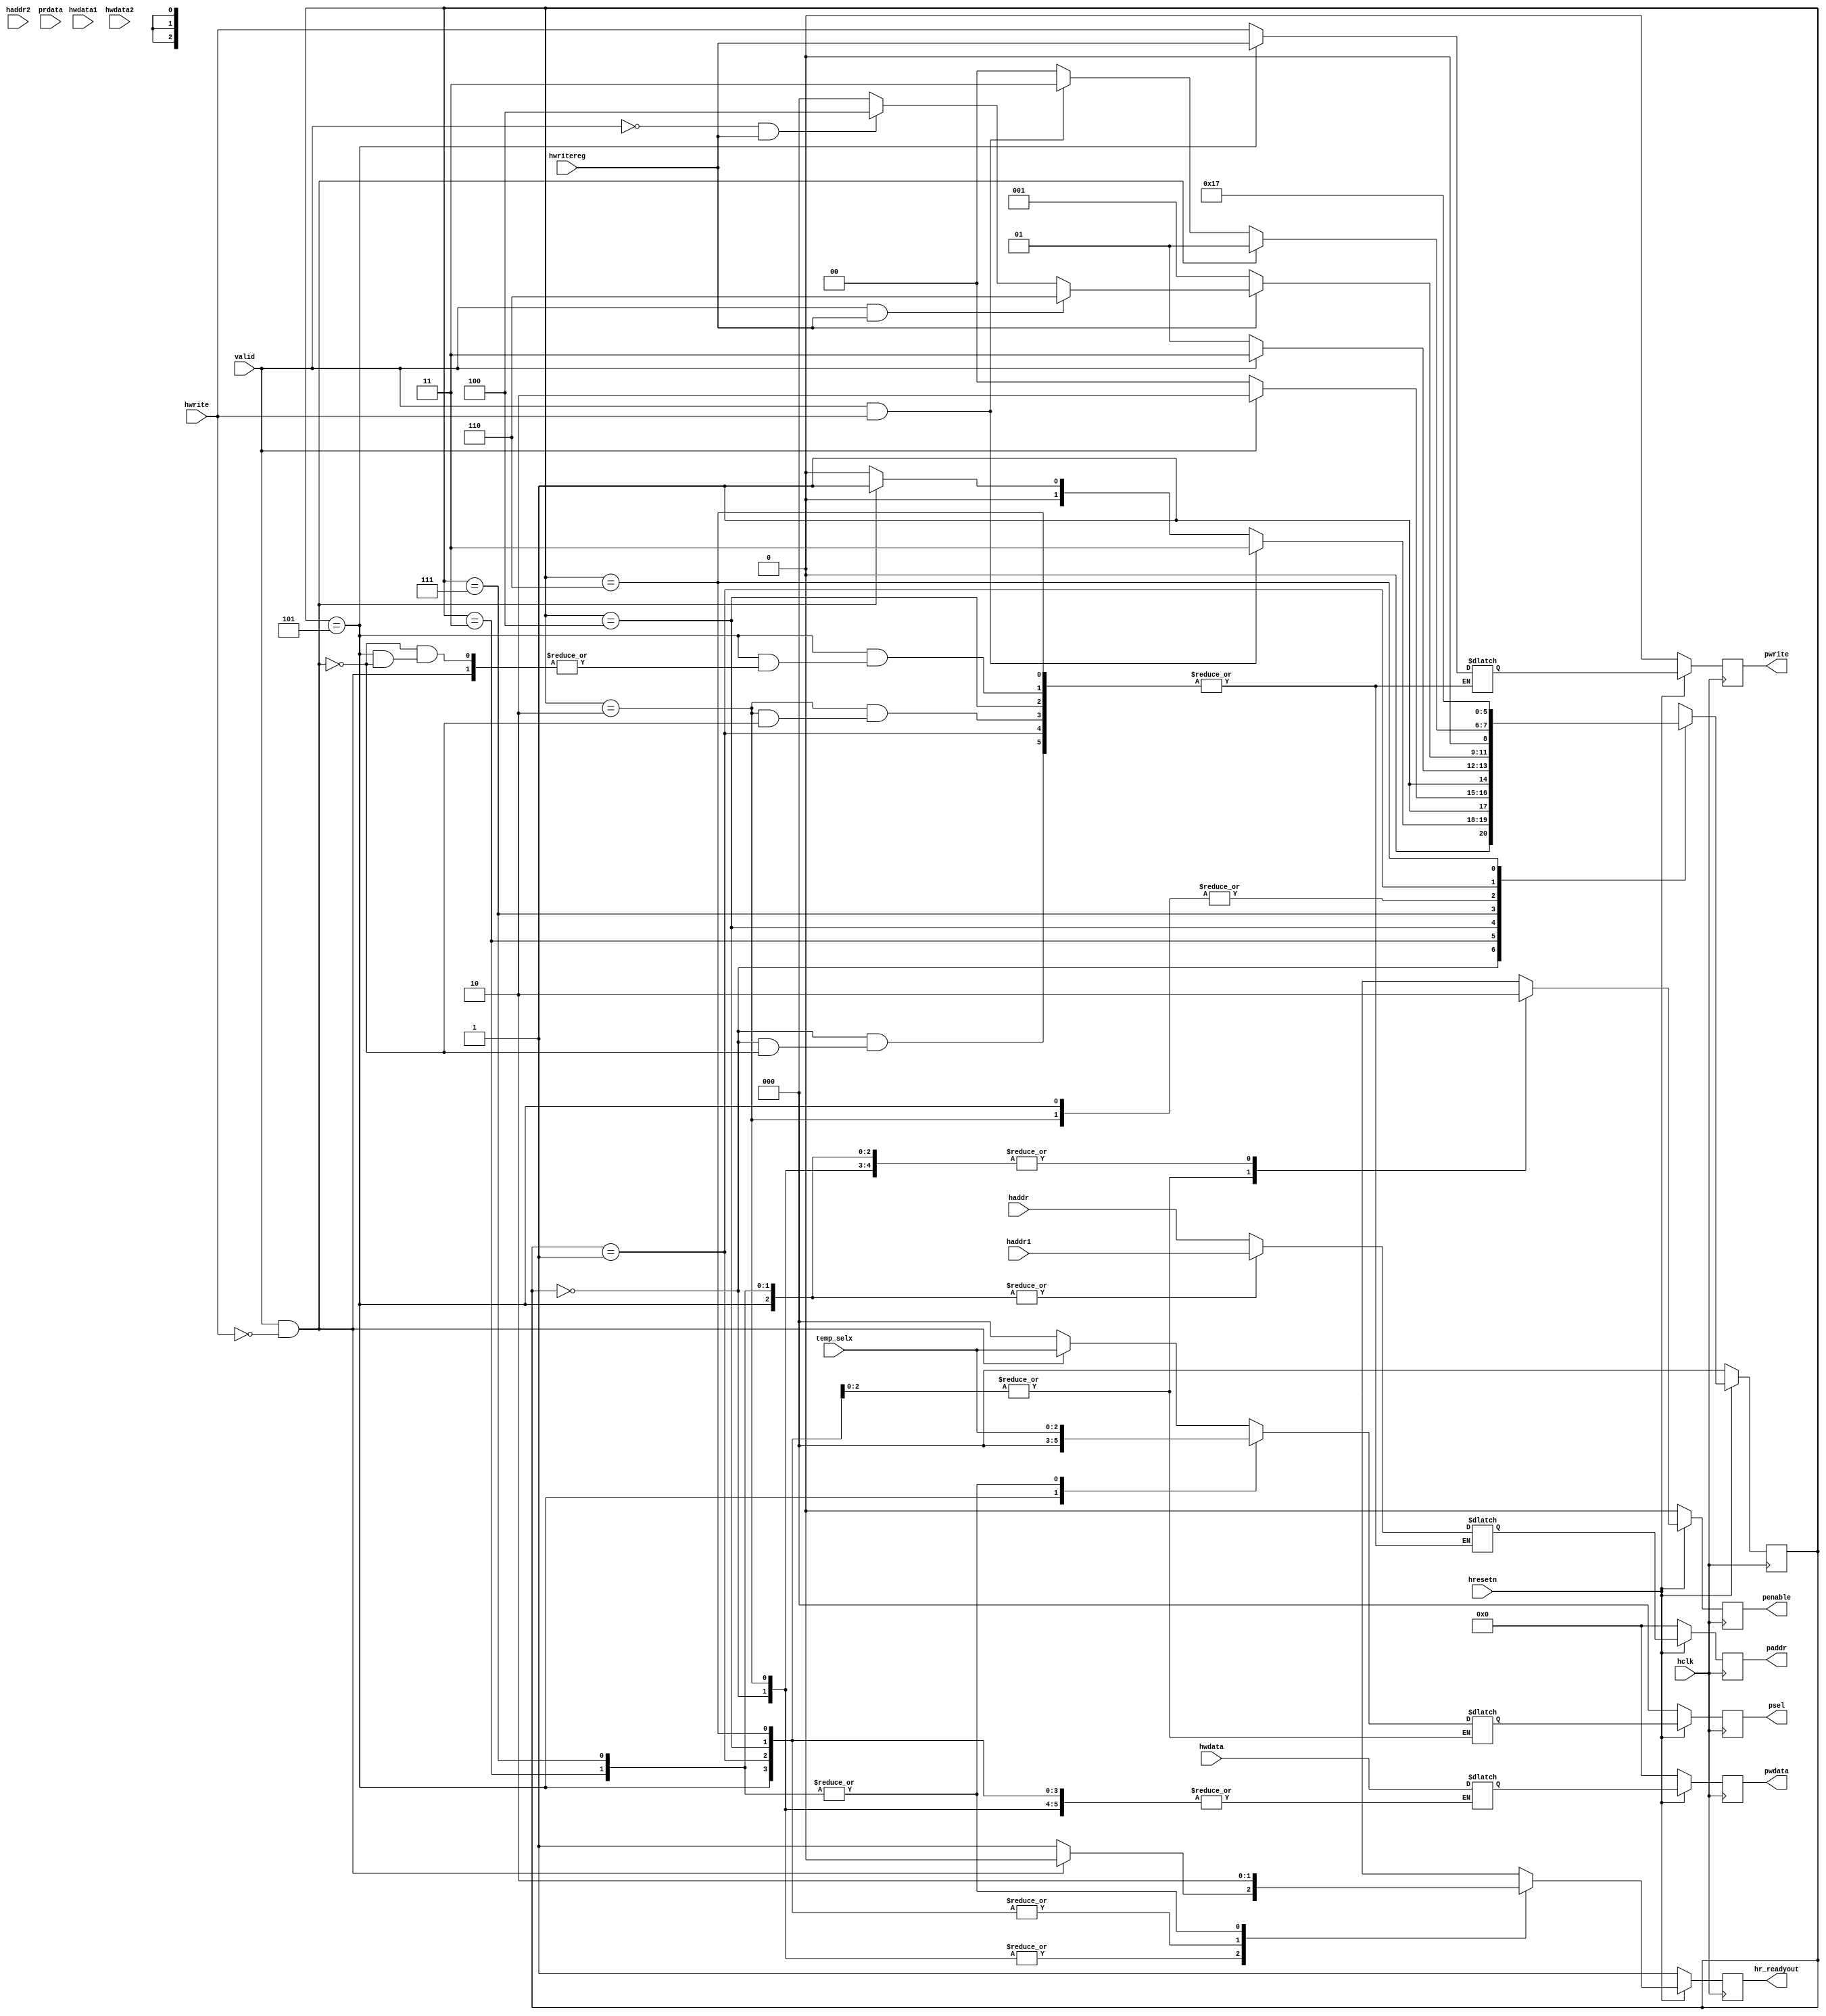
module APB_CONTROLLER(input hclk,hresetn,hwrite,hwritereg,valid,
input [2:0]temp_selx,
input [31:0]haddr,haddr1,haddr2,hwdata,hwdata1,hwdata2,prdata,
output reg pwrite,penable,hr_readyout,
output reg [2:0] psel,
output reg [31:0]paddr,pwdata);


parameter idle=3'b000,read=3'b001,renable=3'b010,wwait=3'b011,write=3'b100,wenable=3'b101,writep=3'b110,wenablep=3'b111;
reg [2:0] present,next;

reg [31:0] paddr_temp,pwdata_temp;
reg [2:0] psel_temp;
reg penable_temp,hr_readyout_temp,pwrite_temp;


always@(posedge hclk)
begin
if(!hresetn)
present<=idle;
else
present<=next;
end


always@(*)
begin
next=idle;
case(present)
idle:begin
if(valid==1&&hwrite==1)
next=wwait;
else if(valid==1&&hwrite==0)
next=read;
else
next=idle;
end

wwait:begin
if(valid==1)
next=writep;
else
next=write;
end

write:begin
if(valid==1)
next=wenablep;
else
next=wenable;
end

wenable:begin
if(valid==1&&hwrite==0)
next=read;
else if(valid==1&&hwrite==1)
next=wwait;
else
next=idle;
end

wenablep: begin
if(hwritereg==0)
next=read;
else if(valid==1&&hwritereg==1)
next=writep;
else if(valid==0&&hwritereg==1)
next=write;
end

renable:begin
if(valid==1&&hwrite==0)
next=read;
else if(valid==1&&hwrite==1)
next=wwait;
else 
next=idle;
end

read:next=renable;

writep:next=wenablep;

endcase
end


always@(*)
begin
case(present)
idle:begin
if(valid==1&&hwrite==0)
begin
paddr_temp=haddr;
pwrite_temp=hwrite;
psel_temp=temp_selx;
penable_temp=0;
hr_readyout_temp=0;
end
else if(valid==1&&hwrite==1)
begin
psel_temp=0;
penable_temp=0;
hr_readyout_temp=1;
end
else
begin
psel_temp=0;
penable_temp=0;
hr_readyout_temp=1;
end
end

read:begin
penable_temp=1;
hr_readyout_temp=1;
end

renable:begin
if(valid==1&&hwrite==0)
begin
paddr_temp=haddr;
pwrite_temp=hwrite;
psel_temp=temp_selx;
penable_temp=0;
hr_readyout_temp=0;
end
else if(valid==1&&hwrite==1)
begin
psel_temp=0;
penable_temp=0;
hr_readyout_temp=1;
end
else
begin
psel_temp=0;
penable_temp=0;
hr_readyout_temp=1;
end
end

wwait:begin
paddr_temp=haddr1;
pwdata_temp=hwdata;
pwrite_temp=hwrite;
psel_temp=temp_selx;
penable_temp=0;
hr_readyout_temp=0;
end

write:begin
penable_temp=1;
hr_readyout_temp=1;
end

wenable:begin
if(valid==1&&hwrite==0)
begin
hr_readyout_temp=1;
psel_temp=0;
penable_temp=0;
end
else if(valid==1&&hwrite==0)
begin
paddr_temp=haddr1;
pwrite_temp=hwritereg;
psel_temp=temp_selx;
penable_temp=0;
hr_readyout_temp=0;
end
else
begin
hr_readyout_temp=1;
psel_temp=0;
penable_temp=0;
end
end

writep:begin
penable_temp=1;
hr_readyout_temp=1;
end

wenablep:begin
paddr_temp=haddr1;
pwdata_temp=hwdata;
pwrite_temp=hwrite;
psel_temp=temp_selx;
penable_temp=0;
hr_readyout_temp=0;
end
endcase
end
always@(posedge hclk)
begin
if(!hresetn)
begin
pwrite<=0;
penable<=0;
psel<=0;
paddr<=0;
pwdata<=0;
hr_readyout<=1;
end
else
begin
pwrite<=pwrite_temp;
penable<=penable_temp;
psel<=psel_temp;
paddr<=paddr_temp;
pwdata<=pwdata_temp;
hr_readyout<=hr_readyout_temp;
end
end
endmodule